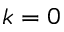
k = 0